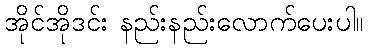
အိုင်အိုဒင်း နည်းနည်းလောက်ပေးပါ။